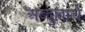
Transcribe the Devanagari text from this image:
अब्दुल्लाचे